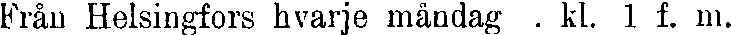
Från Helsingfors hvarje måndag . kl. 1 f. m.